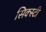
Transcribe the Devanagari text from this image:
सिक्स्टी